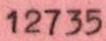
12735